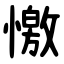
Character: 憿